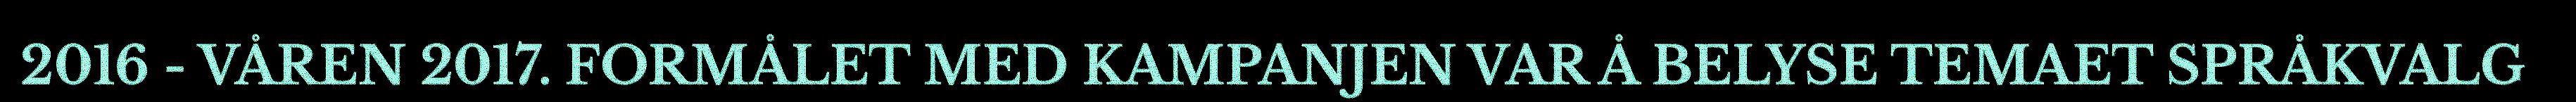
2016 - VÅREN 2017. FORMÅLET MED KAMPANJEN VAR Å BELYSE TEMAET SPRÅKVALG